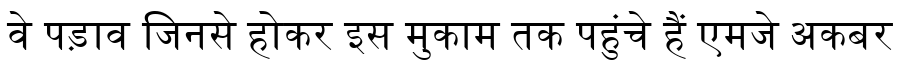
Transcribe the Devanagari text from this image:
वे पड़ाव जिनसे होकर इस मुकाम तक पहुंचे हैं एमजे अकबर